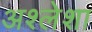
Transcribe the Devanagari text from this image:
अश्लेशा